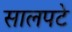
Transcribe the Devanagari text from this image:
सालपटे